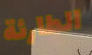
الطارئة